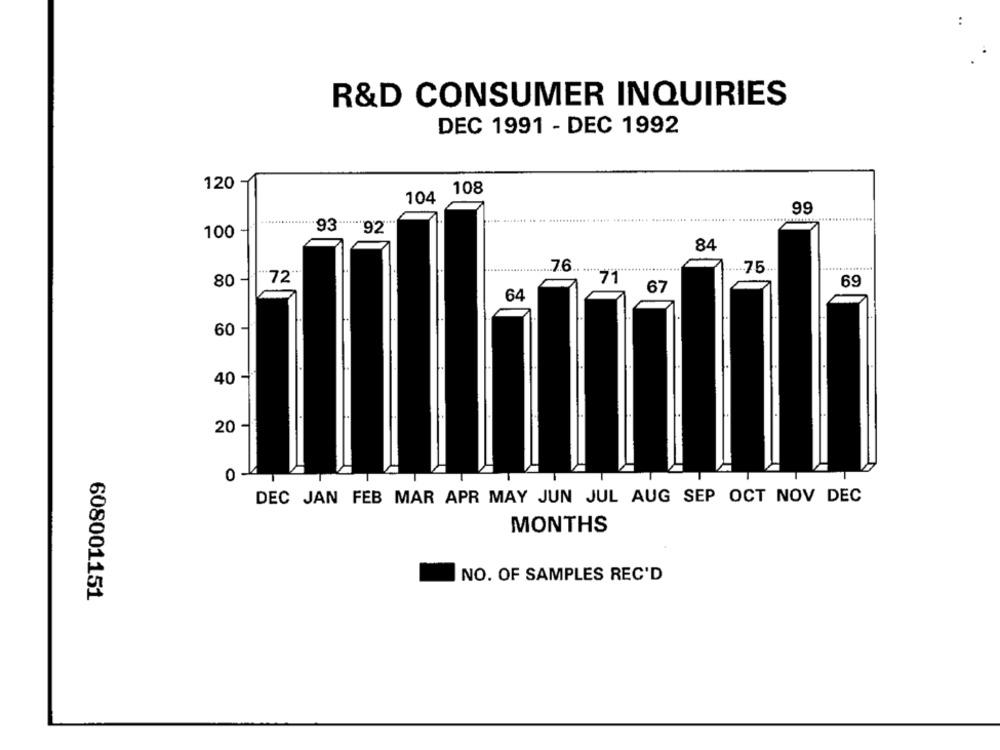
:
R&D CONSUMER INQUIRIES
DEC 1991 - DEC 1992
120
108
104
99
*******....... 9392
100
84
.. 76
.75-
80 -
"72"
71
69
67
60
40 +
20 -
0
DEC JAN FEB MAR APR MAY JUN JUL AUG SEP OCT NOV DEC
MONTHS
NO. OF SAMPLES REC'D
608001151